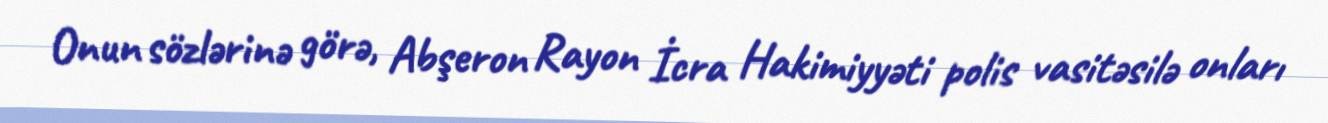
Onun sözlərinə görə, Abşeron Rayon İcra Hakimiyyəti polis vasitəsilə onları